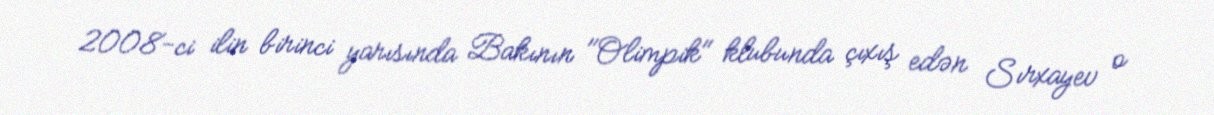
2008-ci ilin birinci yarısında Bakının "Olimpik" klubunda çıxış edən Sırxayev o